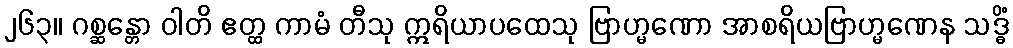
၂၆၃။ ဂစ္ဆန္တော ဝါတိ ဧတ္ထ ကာမံ တီသု ဣရိယာပထေသု ဗြာဟ္မဏော အာစရိယဗြာဟ္မဏေန သဒ္ဓိံ